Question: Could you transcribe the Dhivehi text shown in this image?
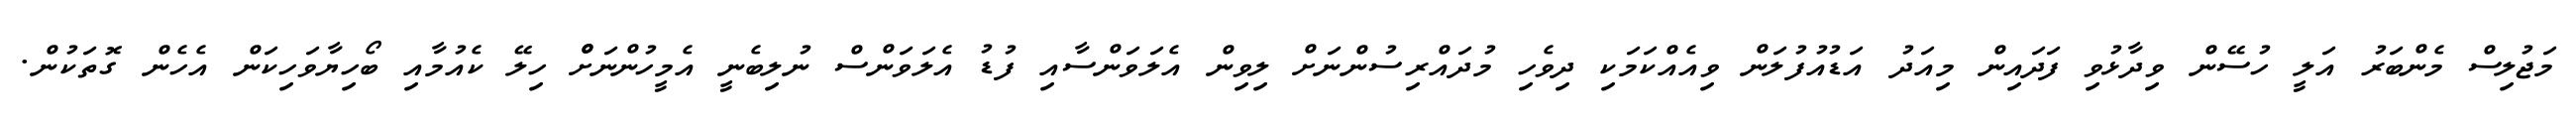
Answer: މަޖުލިސް މެންބަރު އަލީ ހުސޭން ވިދާޅުވި ފަދައިން މިއަދު އަޑުއުފުލަން ވިއެއްކަމަކި ދިވެހި މުދައްރިސުންނަށް ލިވިން އެލަވަންސާއި ފުޑު އެލަވަންސް ނުލިބެނީ އެމީހުންނަށްް ހިލޭ ކެއުމާއި ބޯހިޔާވަހިކަން އެހެން ގޮތަކުން.